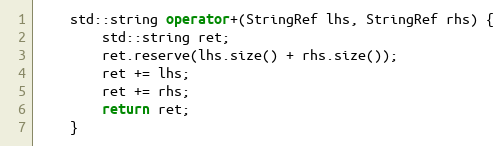
Language: C++
    std::string operator+(StringRef lhs, StringRef rhs) {
        std::string ret;
        ret.reserve(lhs.size() + rhs.size());
        ret += lhs;
        ret += rhs;
        return ret;
    }